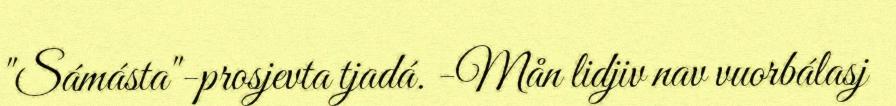
"Sámásta"-prosjevta tjadá. -Mån lidjiv nav vuorbálasj